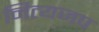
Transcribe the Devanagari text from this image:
नित्यजप